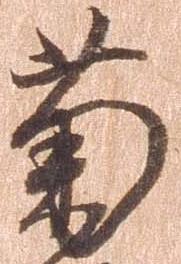
菊